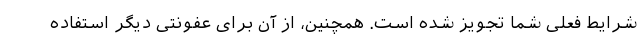
شرایط فعلی شما تجویز شده است. همچنین، از آن برای عفونتی دیگر استفاده